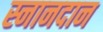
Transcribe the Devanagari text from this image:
स्नानदान